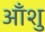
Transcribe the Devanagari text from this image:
आँशु